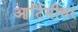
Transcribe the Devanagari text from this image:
आर्टिमीथर